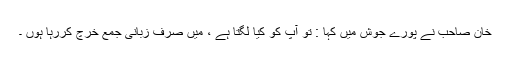
خان صاحب نے پورے جوش میں کہا : تو آپ کو کیا لگتا ہے ، میں صرف زبانی جمع خرچ کررہا ہوں ۔